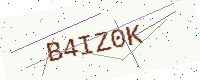
Text: B4IZ0K